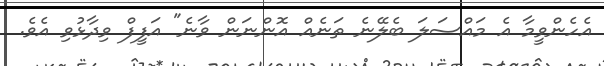
އެހެންވީމާ އެ މައްސަލަ ބެލޭނެ ތަނެއް އޮންނަން ވާނެ" އަފީފް ވިދާޅުވި އެވެ.